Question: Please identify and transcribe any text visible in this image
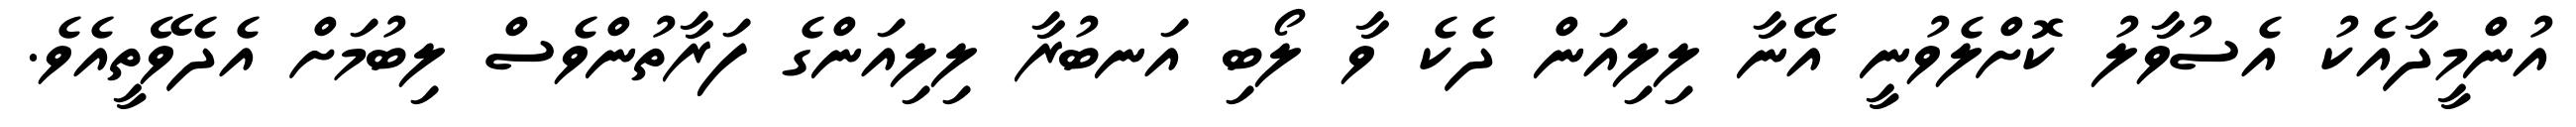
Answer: އުންމީދާއެކު އެސުވާލު ކޮށްލެވުނީ އޭނާ ލިލިއަން ދެކެ ވާ ލޯބި އަނބުރާ ލިލިއަންގެ ފަރާތުންވެސް ލިބުމަށް އެދެވޭތީއެވެ.